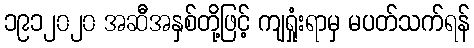
၁၉၁၂၀၂၀ အဆီအနှစ်တို့ဖြင့် ကျရှုံးရာမှ မပတ်သက်ရန်